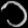
Digit: ၁